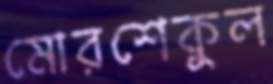
মোরশেকুল